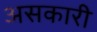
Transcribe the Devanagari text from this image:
असकारी